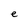
Character: e